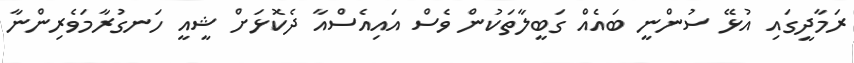
ރަމާދީގައި އުޅޭ ސުންނީ ބައެއް ގަބީލާތަކުން ވެސް އައިއެސްއާ ދެކޮޅަށް ޝީއީ ހަނގުރާމަވެރިންނާ